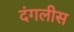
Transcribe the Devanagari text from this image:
दंगलीस